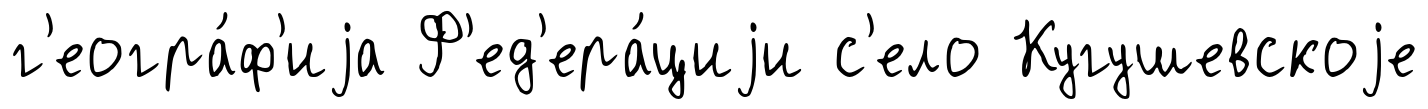
г'еогра́ф'иjа Ф'ед'ера́циjи с'ело Кугушевскоjе